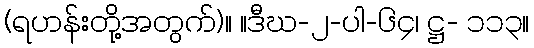
(ရဟန်းတို့အတွက်)။ ။ဒီဃ-၂-ပါ-၆၄၊ ဋ္ဌ- ၁၁၃။